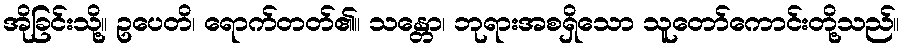
အိုခြင်းသို့။ ဥပေတိ၊ ရောက်တတ်၏။ သန္တော၊ ဘုရားအစရှိသော သူတော်ကောင်းတို့သည်။